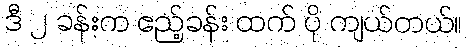
ဒီ ၂ ခန်းက ဧည့်ခန်း ထက် ပို ကျယ်တယ်။